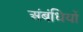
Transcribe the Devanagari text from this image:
अंबंधियों